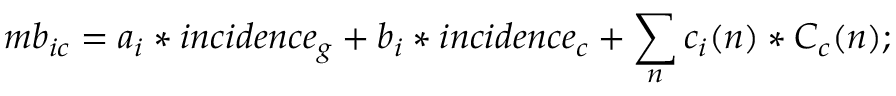
m b _ { i c } = a _ { i } * i n c i d e n c e _ { g } + b _ { i } * i n c i d e n c e _ { c } + \sum _ { n } c _ { i } ( n ) * C _ { c } ( n ) ;